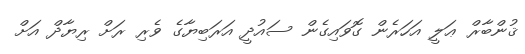
ޤުންބާރް ޢަލީ އަހަރެން ގޮވައިގެން ސައުދީ އަރަބިޔާގެ ވެރި ރަށް ރިޔާދް އަށް